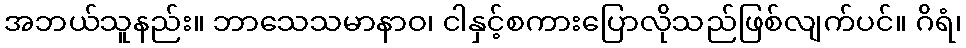
အဘယ်သူနည်း။ ဘာသေသမာနာဝ၊ ငါနှင့်စကားပြောလိုသည်ဖြစ်လျက်ပင်။ ဂိရံ၊